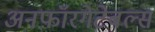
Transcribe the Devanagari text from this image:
अनफ़ॉरगेटेबल्स